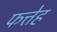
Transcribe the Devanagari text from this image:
फत्तेह